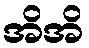
အိအိ